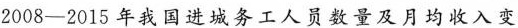
2008-2015年我国进城务工人员数量及月均收入变